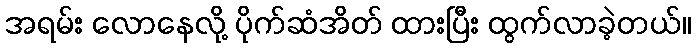
အရမ်း လောနေလို့ ပိုက်ဆံအိတ် ထားပြီး ထွက်လာခဲ့တယ်။